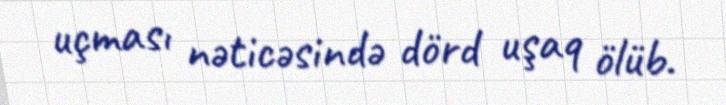
uçması nəticəsində dörd uşaq ölüb.